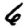
Digit: 6